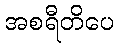
အစရီတိပေ